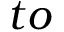
t o